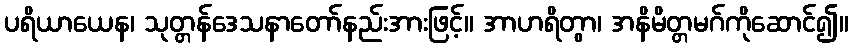
ပရိယာယေန၊ သုတ္တန်ဒေသနာတော်နည်းအားဖြင့်။ အာဟရိတွာ၊ အနိမိတ္တမဂ်ကိုဆောင်၍။